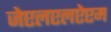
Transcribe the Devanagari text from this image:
जेएलएलऐएम